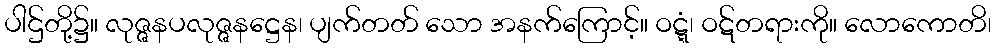
ပါဌ်တို့၌။ လုဇ္ဇနပလုဇ္ဇနဋ္ဌေန၊ ပျက်တတ် သော အနက်ကြောင့်။ ဝဋ္ဋံ၊ ဝဋ်တရားကို။ လောကောတိ၊